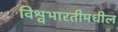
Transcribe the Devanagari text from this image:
विश्वभारतीमधील